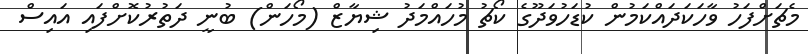
މެޗަށްފަހު ވާހަކަދައްކަމުން ކުޑަހުވަދޫގެ ކޯޗު މުހައްމަދު ޝިޔާޒް (މޯހަން) ބުނީ ދަތުރުކޮށްފައި އައިސް